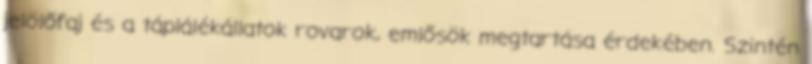
jelölőfaj és a táplálékállatok rovarok, emlősök megtartása érdekében. Szintén